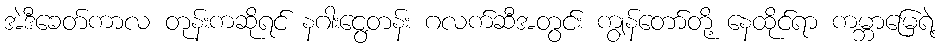
အဲဒီခေတ်ကာလ တုန်းကဆိုရင် နဂါးငွေ့တန်း ဂလက်ဆီအတွင်း ကျွန်တော်တို့ နေထိုင်ရာ ကမ္ဘာမြေရဲ့